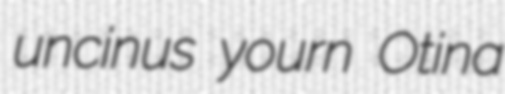
uncinus yourn Otina